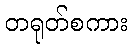
တရုတ်စကား